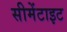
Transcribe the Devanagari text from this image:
सीमेंटाइट